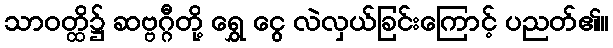
သာဝတ္ထိ၌ ဆဗ္ဗဂ္ဂီတို့ ရွှေ ငွေ လဲလှယ်ခြင်းကြောင့် ပညတ်၏။